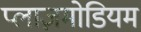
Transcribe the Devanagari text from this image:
प्लाज़मोडियम